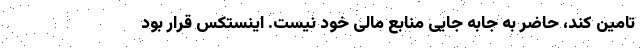
تامین کند، حاضر به جابه جایی منابع مالی خود نیست. اینستکس قرار بود